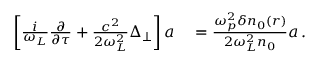
\begin{array} { r l } { \left[ \frac { i } { \omega _ { L } } \frac { \partial } { \partial \tau } + \frac { c ^ { 2 } } { 2 \omega _ { L } ^ { 2 } } \Delta _ { \perp } \right] a } & { { } = \frac { \omega _ { p } ^ { 2 } \delta n _ { 0 } ( r ) } { 2 \omega _ { L } ^ { 2 } n _ { 0 } } a \, . } \end{array}